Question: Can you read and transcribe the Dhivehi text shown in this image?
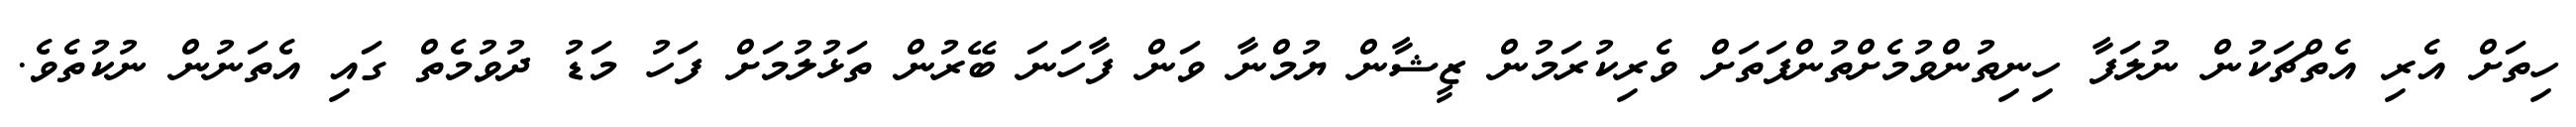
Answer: ހިތަށް އެރި އެތްޗަކުން ނުލަފާ ހިނިތުންވުމެށްތުންފަތަށް ވެރިކުރަމުން ޒީޝާން ޔުމްނާ ވަން ފާހަނަ ބޭރުން ތަޅުލުމަށް ފަހު މަޑު ދުވުމެތް ގައި އެތަނުން ނުކުތެވެ.